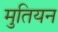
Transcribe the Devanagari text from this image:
मुतियन